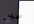
صلاح